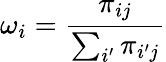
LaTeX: \omega_{i}=\frac{\pi_{ij}}{\sum_{i^{\prime}}\pi_{i^{\prime}j}}